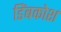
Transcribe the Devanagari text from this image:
डिंबकोश